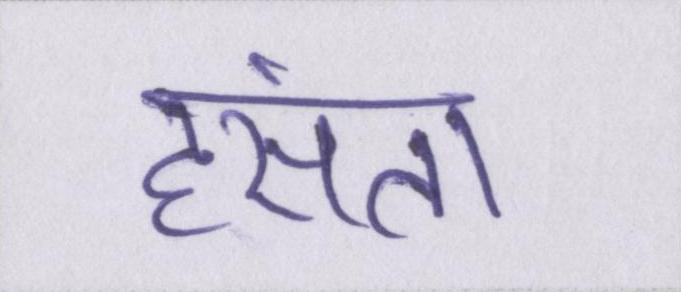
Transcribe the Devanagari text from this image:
हंसता